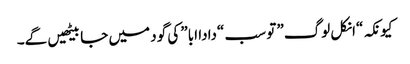
کیونکہ “انکل لوگ” تو سب “دادا ابا” کی گود میں جا بیٹھیں گے۔